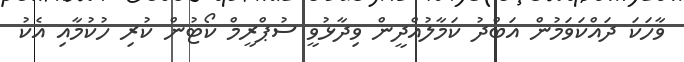
ވާހަކަ ދައްކަވަމުން އަބްދު ކަމާލުއްދީން ވިދާޅުވީ ސުޕްރީމް ކޯޓުން ކުރި ހުކުމާއި އެކު